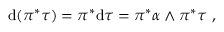
\mathrm { d } ( \pi ^ { * } \tau ) = \pi ^ { * } \mathrm { d } \tau = \pi ^ { * } \alpha \wedge \pi ^ { * } \tau \ ,